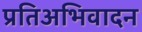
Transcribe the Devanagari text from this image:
प्रतिअभिवादन